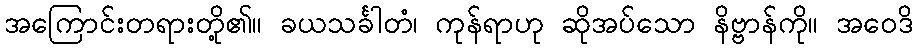
အကြောင်းတရားတို့၏။ ခယသင်္ခါတံ၊ ကုန်ရာဟု ဆိုအပ်သော နိဗ္ဗာန်ကို။ အဝေဒိ